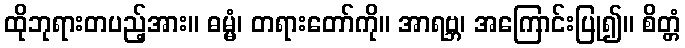
ထိုဘုရားတပည့်အား။ ဓမ္မံ၊ တရားတော်ကို။ အာရဗ္ဘ၊ အကြောင်းပြု၍။ စိတ္တံ